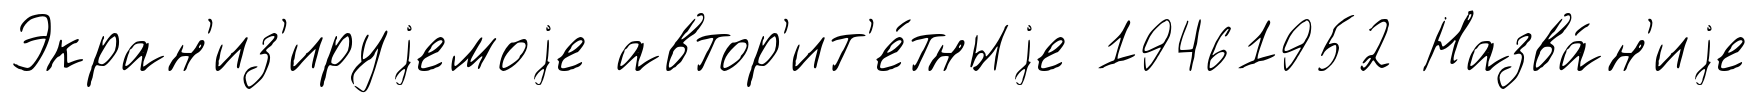
Экран'из'ируjемоjе автор'ит'е́тныjе 19461952 Назва́н'иjе